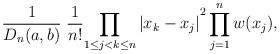
LaTeX: \begin{align*}\frac{1}{D_n(a,b)}\;\frac{1}{n!}{\prod\limits_{1\leq j<k\leq n}|x_{k}-x_{j}|}^{2}\prod\limits^{n}_{j=1}w(x_j),\end{align*}